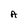
Character: A